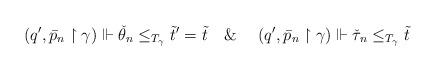
LaTeX: \begin{align*} (q^\prime, \bar p_n \restriction \gamma)\Vdash \check{\theta}_n \leq_{T_\gamma} \tilde{t}^\prime=\tilde{t} ~~~\&~~~~ (q^\prime, \bar p_n \restriction \gamma)\Vdash \check{\tau}_n \leq_{T_\gamma} \tilde{t} \end{align*}